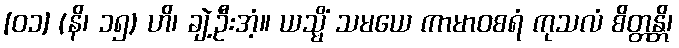
[၀၁] (နိ၊ ၁၅) ဟိ၊ ချဲ့ဦးအံ့။ ယသ္မိံ သမယေ ကာမာဝစရံ ကုသလံ စိတ္တန္တိ၊